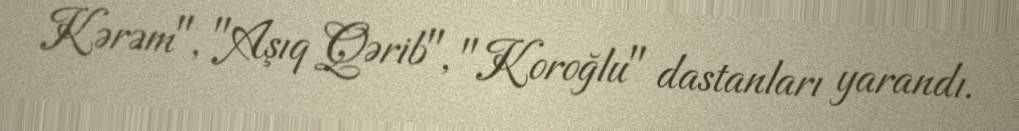
Kərəm", "Aşıq Qərib", "Koroğlu" dastanları yarandı.